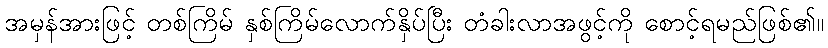
အမှန်အားဖြင့် တစ်ကြိမ် နှစ်ကြိမ်လောက်နှိပ်ပြီး တံခါးလာအဖွင့်ကို စောင့်ရမည်ဖြစ်၏။